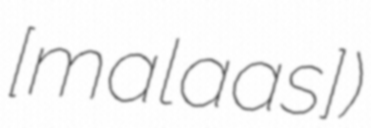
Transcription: [malaˈɡasʲ])